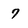
Character: 7